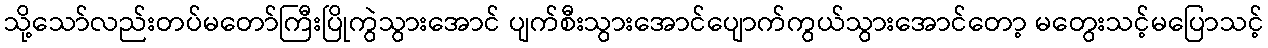
သို့သော်လည်းတပ်မတော်ကြီးပြိုကွဲသွားအောင် ပျက်စီးသွားအောင်ပျောက်ကွယ်သွားအောင်တော့ မတွေးသင့်မပြောသင့်